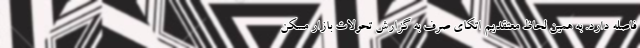
فاصله دارد. به همین لحاظ معتقدیم اتکای صرف به گزارش تحولات بازار مسکن